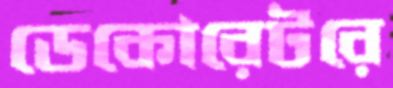
ডেকোরেটরে